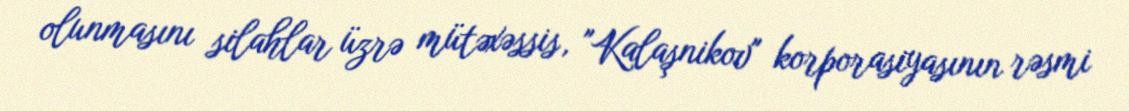
olunmasını silahlar üzrə mütəxəssis, "Kalaşnikov" korporasiyasının rəsmi